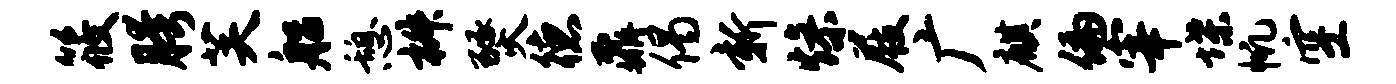
筱胯芙船憩椒燹德鼐偈新燥屐广麒偏宰堞帆空